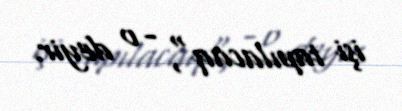
işi tapılacaq", - o deyir.